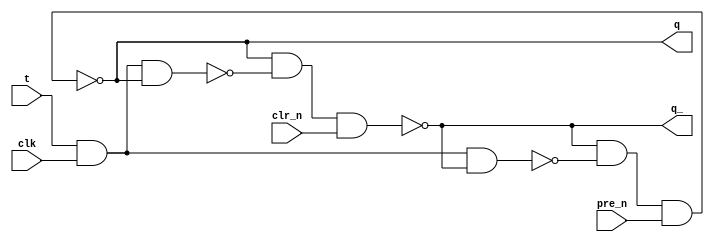
`timescale 1ns / 1ps
//////////////////////////////////////////////////////////////////////////////////
// Company: 
// Engineer: 
// 
// Design Name: T Flipflop Strcutrual
// Module Name: T_Flipflop_Structural
// Project Name: 
// Target Devices: 
// Tool Versions: 
// Description: 
// 
// Dependencies: 
// 
// Revision:
// Revision 0.01 - File Created
// Additional Comments:
// 
//////////////////////////////////////////////////////////////////////////////////


module T_Flipflop_Structural(
    q,          // q
    q_,         // q bar
    clk,        // clock
    pre_n,      // preset bar
    clr_n,      // clear bar
    t           // t
    );
    
    output q;
    output q_;
    input clk;
    input pre_n;
    input clr_n;
    input t;
    
    wire w1, w2;
    
    nand(w1, t, clk, q_);
    nand(w2, t, clk, q);
    nand(q, q_, w1, pre_n);
    nand(q_, q, w2, clr_n);
endmodule